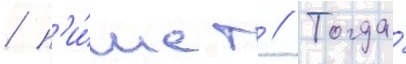
/ п'и́шет // Тогда́